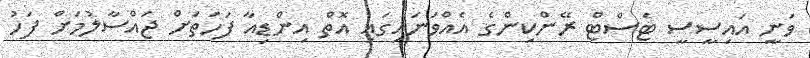
ވަނީ އައިސީސީ ޓެސްޓް ރޭންކިންގެ އެއްވަނައިގައި އޮތް އިންޑިއާ ފަހަތަށް ޖައްސާލުމަށް ފަހު